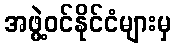
အဖွဲ့ဝင်နိုင်ငံများမှ